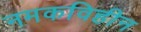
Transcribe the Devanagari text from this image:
नमकविहीन